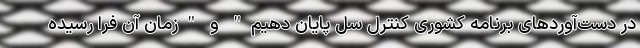
در دست‌آوردهای برنامه کشوری کنترل سل پایان دهیم" و "زمان آن فرا رسیده